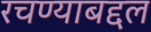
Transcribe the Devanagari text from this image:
रचण्याबद्दल